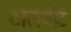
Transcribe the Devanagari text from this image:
टालबोर्ट